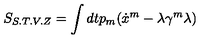
S _ { S . T . V . Z } = \int d t p _ { m } ( \dot { x } ^ { m } - \lambda \gamma ^ { m } \lambda )